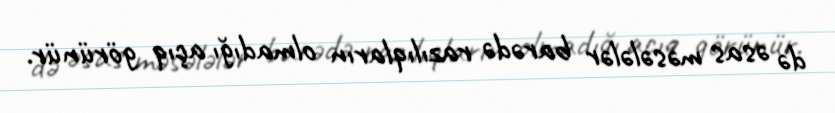
də əsas məsələlər barədə razılıqların olmadığı açıq görünür.